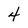
Character: 4